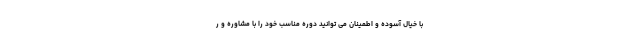
با خیال آسوده و اطمینان می توانید دوره مناسب خود را با مشاوره و ر